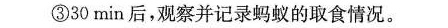
③30min后，观察并记录蚂蚁的取食情况。